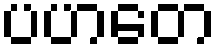
ပဟတေ